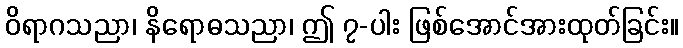
ဝိရာဂသညာ၊ နိရောဓသညာ၊ ဤ ၇-ပါး ဖြစ်အောင်အားထုတ်ခြင်း။